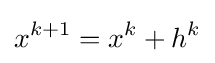
x^{k+1}=x^{k}+h^{k}